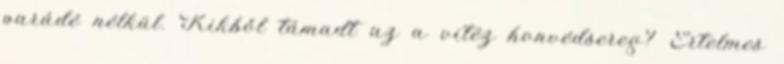
parádé nélkül. Kikből támadt az a vitéz honvédsereg? Értelmes